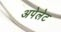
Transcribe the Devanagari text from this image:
अपेलेट